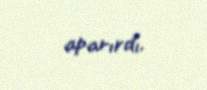
aparırdı.